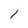
Character: 1